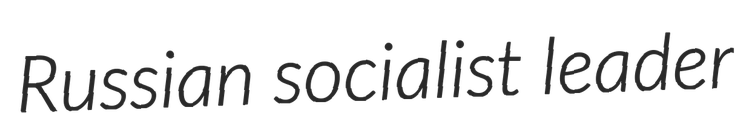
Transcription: Russian socialist leader